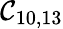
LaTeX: \mathcal{C}_{10,13}